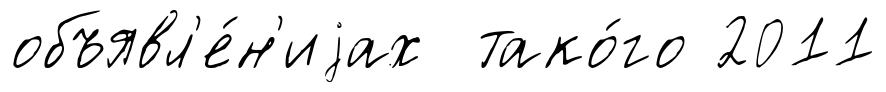
объявл'е́н'иjах тако́го 2011